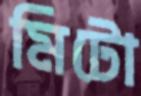
মিটো